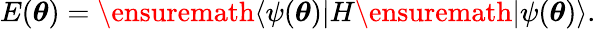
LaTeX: E({\boldsymbol{\theta}})=\ensuremath{\langle{\psi({\boldsymbol{\theta}})}\rvert}H\ensuremath{\lvert{\psi({\boldsymbol{\theta}})}\rangle}.